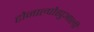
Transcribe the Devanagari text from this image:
टोनाल्पोह्युआली